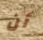
أن